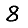
Digit: 8